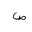
Letter: _sad